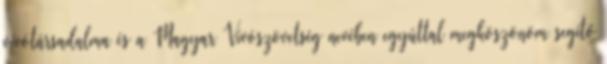
vívótársadalma és a Magyar Vívószövetség nevében egyúttal megköszönöm segítő